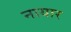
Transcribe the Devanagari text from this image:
नायार